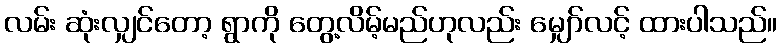
လမ်း ဆုံးလျှင်တော့ ရွာကို တွေ့လိမ့်မည်ဟုလည်း မျှော်လင့် ထားပါသည်။